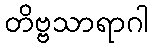
တိဗ္ဗသာရာဂါ